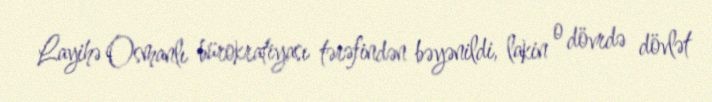
Layihə Osmanlı bürokratiyası tərəfindən bəyənildi, lakin o dövrdə dövlət